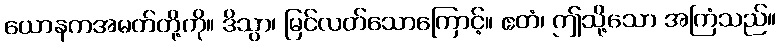
ယောနကအမတ်တို့ကို။ ဒိသွာ၊ မြင်လတ်သောကြောင့်။ ဧတံ၊ ဤသို့သော အကြံသည်။